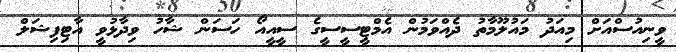
ވީނިއުސްއަށް މިއަދު މައުލޫމާތު ދެއްވަމުން އެމްޓީސީސީގެ ސީއީއޯ ހަސަން ޝާހު ވިދާޅުވީ އާޓިފިޝަލް